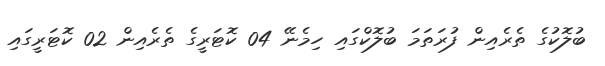
ބުލޮކުގެ ތެރެއިން ފުރަތަމަ ބުލޮކްގައި ހިމެނޭ 04 ކޮޓަރީގެ ތެރެއިން 02 ކޮޓަރީގައި